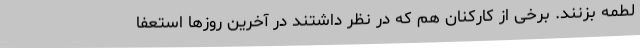
لطمه بزنند. برخی از کارکنان هم که در نظر داشتند در آخرین روزها استعفا